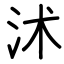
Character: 沭